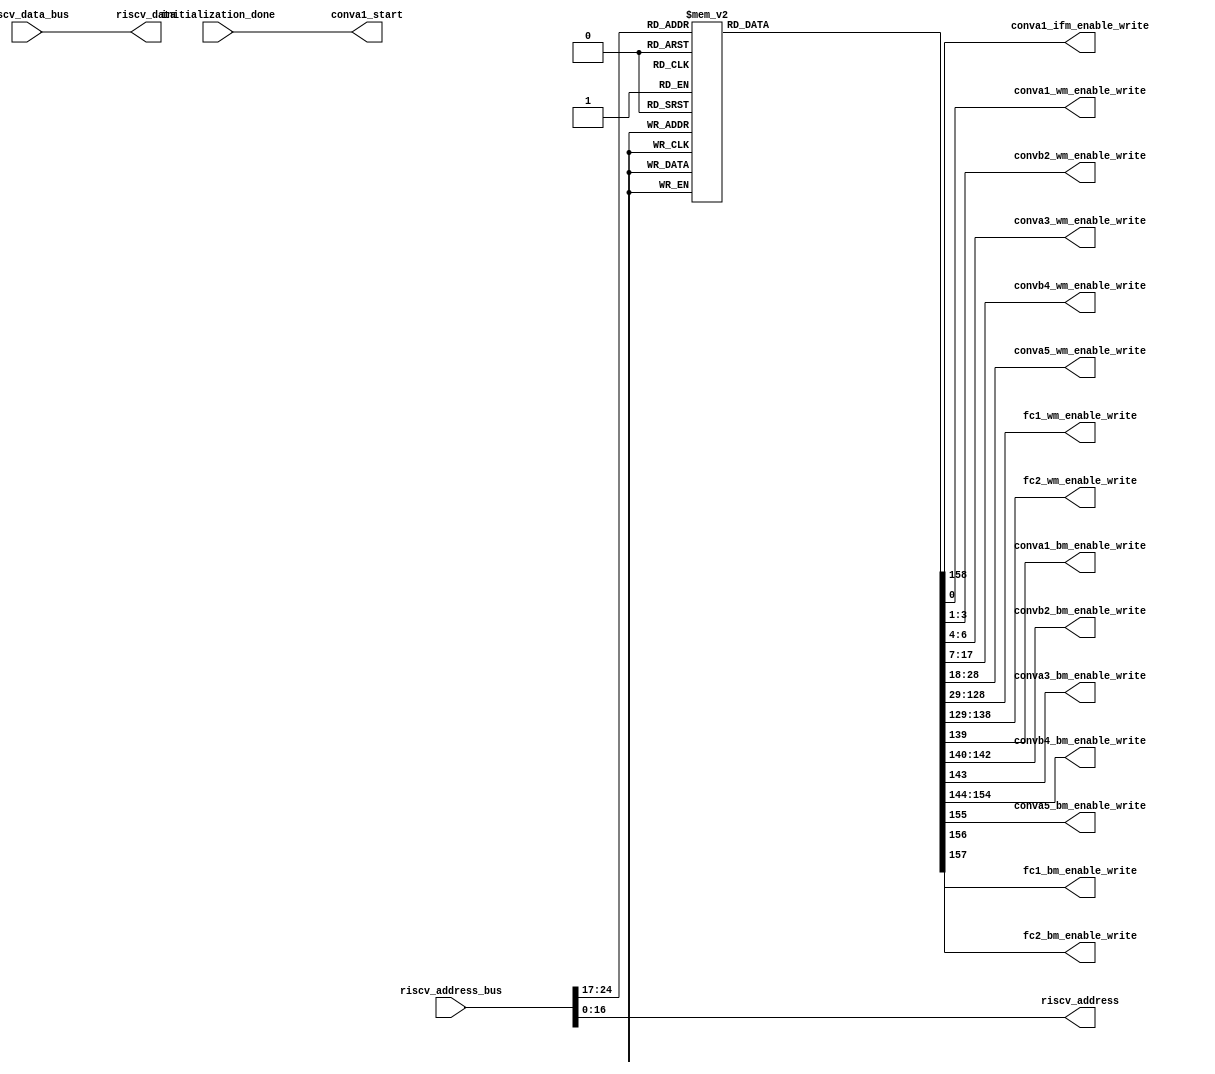
`timescale 1ns / 1ps


module 
 memory_control #(parameter
///////////advanced parameters//////////
	DATA_WIDTH 		       = 32,
///////////architecture parameters//////
	ADDRESS_BUS            = 25,                                                
    ADDRESS_BITS           = 17,
    ENABLE_BITS            = 8)

	(

    input [DATA_WIDTH-1:0] riscv_data_bus,
    input [ADDRESS_BUS-1:0] riscv_address_bus,
    input initialization_done, 
	output conva1_start,

	//1 indicates the input img is grayscale
	output [1-1:0] conva1_ifm_enable_write, 
	
	output [1-1:0] conva1_wm_enable_write,
	output [3-1:0] convb2_wm_enable_write,
	output [3-1:0] conva3_wm_enable_write,
	output [11-1:0] convb4_wm_enable_write,
	output [11-1:0] conva5_wm_enable_write,
	output [100-1:0] fc1_wm_enable_write,
	output [10-1:0] fc2_wm_enable_write,
	output conva1_bm_enable_write,
	output [3-1:0] convb2_bm_enable_write,
	output conva3_bm_enable_write,
	output [11-1:0] convb4_bm_enable_write,
	output conva5_bm_enable_write,
	output fc1_bm_enable_write,
	output fc2_bm_enable_write,
	
	output [DATA_WIDTH-1:0] riscv_data,
    output [ADDRESS_BITS-1:0] riscv_address
	);
	
	reg [159-1:0] enable_write;
    wire [ENABLE_BITS-1:0] address_enable_bits;
	
    assign riscv_data          = riscv_data_bus;
    assign riscv_address       = riscv_address_bus[ADDRESS_BITS-1:0];
    
    assign address_enable_bits = riscv_address_bus[ADDRESS_BUS-1 : ADDRESS_BUS-ENABLE_BITS];
	
	assign    conva1_start = initialization_done;
	
	
	    always @*
		begin
        case(address_enable_bits)
			8'd1  : begin enable_write = 159'b000000000000000000000000000000000000000000000000000000000000000000000000000000000000000000000000000000000000000000000000000000000000000000000000000000000000001;end
			8'd2  : begin enable_write = 159'b000000000000000000000000000000000000000000000000000000000000000000000000000000000000000000000000000000000000000000000000000000000000000000000000000000000000010;end
			8'd3  : begin enable_write = 159'b000000000000000000000000000000000000000000000000000000000000000000000000000000000000000000000000000000000000000000000000000000000000000000000000000000000000100;end
			8'd4  : begin enable_write = 159'b000000000000000000000000000000000000000000000000000000000000000000000000000000000000000000000000000000000000000000000000000000000000000000000000000000000001000;end
			8'd5  : begin enable_write = 159'b000000000000000000000000000000000000000000000000000000000000000000000000000000000000000000000000000000000000000000000000000000000000000000000000000000000010000;end
			8'd6  : begin enable_write = 159'b000000000000000000000000000000000000000000000000000000000000000000000000000000000000000000000000000000000000000000000000000000000000000000000000000000000100000;end
			8'd7  : begin enable_write = 159'b000000000000000000000000000000000000000000000000000000000000000000000000000000000000000000000000000000000000000000000000000000000000000000000000000000001000000;end
			8'd8  : begin enable_write = 159'b000000000000000000000000000000000000000000000000000000000000000000000000000000000000000000000000000000000000000000000000000000000000000000000000000000010000000;end
			8'd9  : begin enable_write = 159'b000000000000000000000000000000000000000000000000000000000000000000000000000000000000000000000000000000000000000000000000000000000000000000000000000000100000000;end
			8'd10  : begin enable_write = 159'b000000000000000000000000000000000000000000000000000000000000000000000000000000000000000000000000000000000000000000000000000000000000000000000000000001000000000;end
			8'd11  : begin enable_write = 159'b000000000000000000000000000000000000000000000000000000000000000000000000000000000000000000000000000000000000000000000000000000000000000000000000000010000000000;end
			8'd12  : begin enable_write = 159'b000000000000000000000000000000000000000000000000000000000000000000000000000000000000000000000000000000000000000000000000000000000000000000000000000100000000000;end
			8'd13  : begin enable_write = 159'b000000000000000000000000000000000000000000000000000000000000000000000000000000000000000000000000000000000000000000000000000000000000000000000000001000000000000;end
			8'd14  : begin enable_write = 159'b000000000000000000000000000000000000000000000000000000000000000000000000000000000000000000000000000000000000000000000000000000000000000000000000010000000000000;end
			8'd15  : begin enable_write = 159'b000000000000000000000000000000000000000000000000000000000000000000000000000000000000000000000000000000000000000000000000000000000000000000000000100000000000000;end
			8'd16  : begin enable_write = 159'b000000000000000000000000000000000000000000000000000000000000000000000000000000000000000000000000000000000000000000000000000000000000000000000001000000000000000;end
			8'd17  : begin enable_write = 159'b000000000000000000000000000000000000000000000000000000000000000000000000000000000000000000000000000000000000000000000000000000000000000000000010000000000000000;end
			8'd18  : begin enable_write = 159'b000000000000000000000000000000000000000000000000000000000000000000000000000000000000000000000000000000000000000000000000000000000000000000000100000000000000000;end
			8'd19  : begin enable_write = 159'b000000000000000000000000000000000000000000000000000000000000000000000000000000000000000000000000000000000000000000000000000000000000000000001000000000000000000;end
			8'd20  : begin enable_write = 159'b000000000000000000000000000000000000000000000000000000000000000000000000000000000000000000000000000000000000000000000000000000000000000000010000000000000000000;end
			8'd21  : begin enable_write = 159'b000000000000000000000000000000000000000000000000000000000000000000000000000000000000000000000000000000000000000000000000000000000000000000100000000000000000000;end
			8'd22  : begin enable_write = 159'b000000000000000000000000000000000000000000000000000000000000000000000000000000000000000000000000000000000000000000000000000000000000000001000000000000000000000;end
			8'd23  : begin enable_write = 159'b000000000000000000000000000000000000000000000000000000000000000000000000000000000000000000000000000000000000000000000000000000000000000010000000000000000000000;end
			8'd24  : begin enable_write = 159'b000000000000000000000000000000000000000000000000000000000000000000000000000000000000000000000000000000000000000000000000000000000000000100000000000000000000000;end
			8'd25  : begin enable_write = 159'b000000000000000000000000000000000000000000000000000000000000000000000000000000000000000000000000000000000000000000000000000000000000001000000000000000000000000;end
			8'd26  : begin enable_write = 159'b000000000000000000000000000000000000000000000000000000000000000000000000000000000000000000000000000000000000000000000000000000000000010000000000000000000000000;end
			8'd27  : begin enable_write = 159'b000000000000000000000000000000000000000000000000000000000000000000000000000000000000000000000000000000000000000000000000000000000000100000000000000000000000000;end
			8'd28  : begin enable_write = 159'b000000000000000000000000000000000000000000000000000000000000000000000000000000000000000000000000000000000000000000000000000000000001000000000000000000000000000;end
			8'd29  : begin enable_write = 159'b000000000000000000000000000000000000000000000000000000000000000000000000000000000000000000000000000000000000000000000000000000000010000000000000000000000000000;end
			8'd30  : begin enable_write = 159'b000000000000000000000000000000000000000000000000000000000000000000000000000000000000000000000000000000000000000000000000000000000100000000000000000000000000000;end
			8'd31  : begin enable_write = 159'b000000000000000000000000000000000000000000000000000000000000000000000000000000000000000000000000000000000000000000000000000000001000000000000000000000000000000;end
			8'd32  : begin enable_write = 159'b000000000000000000000000000000000000000000000000000000000000000000000000000000000000000000000000000000000000000000000000000000010000000000000000000000000000000;end
			8'd33  : begin enable_write = 159'b000000000000000000000000000000000000000000000000000000000000000000000000000000000000000000000000000000000000000000000000000000100000000000000000000000000000000;end
			8'd34  : begin enable_write = 159'b000000000000000000000000000000000000000000000000000000000000000000000000000000000000000000000000000000000000000000000000000001000000000000000000000000000000000;end
			8'd35  : begin enable_write = 159'b000000000000000000000000000000000000000000000000000000000000000000000000000000000000000000000000000000000000000000000000000010000000000000000000000000000000000;end
			8'd36  : begin enable_write = 159'b000000000000000000000000000000000000000000000000000000000000000000000000000000000000000000000000000000000000000000000000000100000000000000000000000000000000000;end
			8'd37  : begin enable_write = 159'b000000000000000000000000000000000000000000000000000000000000000000000000000000000000000000000000000000000000000000000000001000000000000000000000000000000000000;end
			8'd38  : begin enable_write = 159'b000000000000000000000000000000000000000000000000000000000000000000000000000000000000000000000000000000000000000000000000010000000000000000000000000000000000000;end
			8'd39  : begin enable_write = 159'b000000000000000000000000000000000000000000000000000000000000000000000000000000000000000000000000000000000000000000000000100000000000000000000000000000000000000;end
			8'd40  : begin enable_write = 159'b000000000000000000000000000000000000000000000000000000000000000000000000000000000000000000000000000000000000000000000001000000000000000000000000000000000000000;end
			8'd41  : begin enable_write = 159'b000000000000000000000000000000000000000000000000000000000000000000000000000000000000000000000000000000000000000000000010000000000000000000000000000000000000000;end
			8'd42  : begin enable_write = 159'b000000000000000000000000000000000000000000000000000000000000000000000000000000000000000000000000000000000000000000000100000000000000000000000000000000000000000;end
			8'd43  : begin enable_write = 159'b000000000000000000000000000000000000000000000000000000000000000000000000000000000000000000000000000000000000000000001000000000000000000000000000000000000000000;end
			8'd44  : begin enable_write = 159'b000000000000000000000000000000000000000000000000000000000000000000000000000000000000000000000000000000000000000000010000000000000000000000000000000000000000000;end
			8'd45  : begin enable_write = 159'b000000000000000000000000000000000000000000000000000000000000000000000000000000000000000000000000000000000000000000100000000000000000000000000000000000000000000;end
			8'd46  : begin enable_write = 159'b000000000000000000000000000000000000000000000000000000000000000000000000000000000000000000000000000000000000000001000000000000000000000000000000000000000000000;end
			8'd47  : begin enable_write = 159'b000000000000000000000000000000000000000000000000000000000000000000000000000000000000000000000000000000000000000010000000000000000000000000000000000000000000000;end
			8'd48  : begin enable_write = 159'b000000000000000000000000000000000000000000000000000000000000000000000000000000000000000000000000000000000000000100000000000000000000000000000000000000000000000;end
			8'd49  : begin enable_write = 159'b000000000000000000000000000000000000000000000000000000000000000000000000000000000000000000000000000000000000001000000000000000000000000000000000000000000000000;end
			8'd50  : begin enable_write = 159'b000000000000000000000000000000000000000000000000000000000000000000000000000000000000000000000000000000000000010000000000000000000000000000000000000000000000000;end
			8'd51  : begin enable_write = 159'b000000000000000000000000000000000000000000000000000000000000000000000000000000000000000000000000000000000000100000000000000000000000000000000000000000000000000;end
			8'd52  : begin enable_write = 159'b000000000000000000000000000000000000000000000000000000000000000000000000000000000000000000000000000000000001000000000000000000000000000000000000000000000000000;end
			8'd53  : begin enable_write = 159'b000000000000000000000000000000000000000000000000000000000000000000000000000000000000000000000000000000000010000000000000000000000000000000000000000000000000000;end
			8'd54  : begin enable_write = 159'b000000000000000000000000000000000000000000000000000000000000000000000000000000000000000000000000000000000100000000000000000000000000000000000000000000000000000;end
			8'd55  : begin enable_write = 159'b000000000000000000000000000000000000000000000000000000000000000000000000000000000000000000000000000000001000000000000000000000000000000000000000000000000000000;end
			8'd56  : begin enable_write = 159'b000000000000000000000000000000000000000000000000000000000000000000000000000000000000000000000000000000010000000000000000000000000000000000000000000000000000000;end
			8'd57  : begin enable_write = 159'b000000000000000000000000000000000000000000000000000000000000000000000000000000000000000000000000000000100000000000000000000000000000000000000000000000000000000;end
			8'd58  : begin enable_write = 159'b000000000000000000000000000000000000000000000000000000000000000000000000000000000000000000000000000001000000000000000000000000000000000000000000000000000000000;end
			8'd59  : begin enable_write = 159'b000000000000000000000000000000000000000000000000000000000000000000000000000000000000000000000000000010000000000000000000000000000000000000000000000000000000000;end
			8'd60  : begin enable_write = 159'b000000000000000000000000000000000000000000000000000000000000000000000000000000000000000000000000000100000000000000000000000000000000000000000000000000000000000;end
			8'd61  : begin enable_write = 159'b000000000000000000000000000000000000000000000000000000000000000000000000000000000000000000000000001000000000000000000000000000000000000000000000000000000000000;end
			8'd62  : begin enable_write = 159'b000000000000000000000000000000000000000000000000000000000000000000000000000000000000000000000000010000000000000000000000000000000000000000000000000000000000000;end
			8'd63  : begin enable_write = 159'b000000000000000000000000000000000000000000000000000000000000000000000000000000000000000000000000100000000000000000000000000000000000000000000000000000000000000;end
			8'd64  : begin enable_write = 159'b000000000000000000000000000000000000000000000000000000000000000000000000000000000000000000000001000000000000000000000000000000000000000000000000000000000000000;end
			8'd65  : begin enable_write = 159'b000000000000000000000000000000000000000000000000000000000000000000000000000000000000000000000010000000000000000000000000000000000000000000000000000000000000000;end
			8'd66  : begin enable_write = 159'b000000000000000000000000000000000000000000000000000000000000000000000000000000000000000000000100000000000000000000000000000000000000000000000000000000000000000;end
			8'd67  : begin enable_write = 159'b000000000000000000000000000000000000000000000000000000000000000000000000000000000000000000001000000000000000000000000000000000000000000000000000000000000000000;end
			8'd68  : begin enable_write = 159'b000000000000000000000000000000000000000000000000000000000000000000000000000000000000000000010000000000000000000000000000000000000000000000000000000000000000000;end
			8'd69  : begin enable_write = 159'b000000000000000000000000000000000000000000000000000000000000000000000000000000000000000000100000000000000000000000000000000000000000000000000000000000000000000;end
			8'd70  : begin enable_write = 159'b000000000000000000000000000000000000000000000000000000000000000000000000000000000000000001000000000000000000000000000000000000000000000000000000000000000000000;end
			8'd71  : begin enable_write = 159'b000000000000000000000000000000000000000000000000000000000000000000000000000000000000000010000000000000000000000000000000000000000000000000000000000000000000000;end
			8'd72  : begin enable_write = 159'b000000000000000000000000000000000000000000000000000000000000000000000000000000000000000100000000000000000000000000000000000000000000000000000000000000000000000;end
			8'd73  : begin enable_write = 159'b000000000000000000000000000000000000000000000000000000000000000000000000000000000000001000000000000000000000000000000000000000000000000000000000000000000000000;end
			8'd74  : begin enable_write = 159'b000000000000000000000000000000000000000000000000000000000000000000000000000000000000010000000000000000000000000000000000000000000000000000000000000000000000000;end
			8'd75  : begin enable_write = 159'b000000000000000000000000000000000000000000000000000000000000000000000000000000000000100000000000000000000000000000000000000000000000000000000000000000000000000;end
			8'd76  : begin enable_write = 159'b000000000000000000000000000000000000000000000000000000000000000000000000000000000001000000000000000000000000000000000000000000000000000000000000000000000000000;end
			8'd77  : begin enable_write = 159'b000000000000000000000000000000000000000000000000000000000000000000000000000000000010000000000000000000000000000000000000000000000000000000000000000000000000000;end
			8'd78  : begin enable_write = 159'b000000000000000000000000000000000000000000000000000000000000000000000000000000000100000000000000000000000000000000000000000000000000000000000000000000000000000;end
			8'd79  : begin enable_write = 159'b000000000000000000000000000000000000000000000000000000000000000000000000000000001000000000000000000000000000000000000000000000000000000000000000000000000000000;end
			8'd80  : begin enable_write = 159'b000000000000000000000000000000000000000000000000000000000000000000000000000000010000000000000000000000000000000000000000000000000000000000000000000000000000000;end
			8'd81  : begin enable_write = 159'b000000000000000000000000000000000000000000000000000000000000000000000000000000100000000000000000000000000000000000000000000000000000000000000000000000000000000;end
			8'd82  : begin enable_write = 159'b000000000000000000000000000000000000000000000000000000000000000000000000000001000000000000000000000000000000000000000000000000000000000000000000000000000000000;end
			8'd83  : begin enable_write = 159'b000000000000000000000000000000000000000000000000000000000000000000000000000010000000000000000000000000000000000000000000000000000000000000000000000000000000000;end
			8'd84  : begin enable_write = 159'b000000000000000000000000000000000000000000000000000000000000000000000000000100000000000000000000000000000000000000000000000000000000000000000000000000000000000;end
			8'd85  : begin enable_write = 159'b000000000000000000000000000000000000000000000000000000000000000000000000001000000000000000000000000000000000000000000000000000000000000000000000000000000000000;end
			8'd86  : begin enable_write = 159'b000000000000000000000000000000000000000000000000000000000000000000000000010000000000000000000000000000000000000000000000000000000000000000000000000000000000000;end
			8'd87  : begin enable_write = 159'b000000000000000000000000000000000000000000000000000000000000000000000000100000000000000000000000000000000000000000000000000000000000000000000000000000000000000;end
			8'd88  : begin enable_write = 159'b000000000000000000000000000000000000000000000000000000000000000000000001000000000000000000000000000000000000000000000000000000000000000000000000000000000000000;end
			8'd89  : begin enable_write = 159'b000000000000000000000000000000000000000000000000000000000000000000000010000000000000000000000000000000000000000000000000000000000000000000000000000000000000000;end
			8'd90  : begin enable_write = 159'b000000000000000000000000000000000000000000000000000000000000000000000100000000000000000000000000000000000000000000000000000000000000000000000000000000000000000;end
			8'd91  : begin enable_write = 159'b000000000000000000000000000000000000000000000000000000000000000000001000000000000000000000000000000000000000000000000000000000000000000000000000000000000000000;end
			8'd92  : begin enable_write = 159'b000000000000000000000000000000000000000000000000000000000000000000010000000000000000000000000000000000000000000000000000000000000000000000000000000000000000000;end
			8'd93  : begin enable_write = 159'b000000000000000000000000000000000000000000000000000000000000000000100000000000000000000000000000000000000000000000000000000000000000000000000000000000000000000;end
			8'd94  : begin enable_write = 159'b000000000000000000000000000000000000000000000000000000000000000001000000000000000000000000000000000000000000000000000000000000000000000000000000000000000000000;end
			8'd95  : begin enable_write = 159'b000000000000000000000000000000000000000000000000000000000000000010000000000000000000000000000000000000000000000000000000000000000000000000000000000000000000000;end
			8'd96  : begin enable_write = 159'b000000000000000000000000000000000000000000000000000000000000000100000000000000000000000000000000000000000000000000000000000000000000000000000000000000000000000;end
			8'd97  : begin enable_write = 159'b000000000000000000000000000000000000000000000000000000000000001000000000000000000000000000000000000000000000000000000000000000000000000000000000000000000000000;end
			8'd98  : begin enable_write = 159'b000000000000000000000000000000000000000000000000000000000000010000000000000000000000000000000000000000000000000000000000000000000000000000000000000000000000000;end
			8'd99  : begin enable_write = 159'b000000000000000000000000000000000000000000000000000000000000100000000000000000000000000000000000000000000000000000000000000000000000000000000000000000000000000;end
			8'd100  : begin enable_write = 159'b000000000000000000000000000000000000000000000000000000000001000000000000000000000000000000000000000000000000000000000000000000000000000000000000000000000000000;end
			8'd101  : begin enable_write = 159'b000000000000000000000000000000000000000000000000000000000010000000000000000000000000000000000000000000000000000000000000000000000000000000000000000000000000000;end
			8'd102  : begin enable_write = 159'b000000000000000000000000000000000000000000000000000000000100000000000000000000000000000000000000000000000000000000000000000000000000000000000000000000000000000;end
			8'd103  : begin enable_write = 159'b000000000000000000000000000000000000000000000000000000001000000000000000000000000000000000000000000000000000000000000000000000000000000000000000000000000000000;end
			8'd104  : begin enable_write = 159'b000000000000000000000000000000000000000000000000000000010000000000000000000000000000000000000000000000000000000000000000000000000000000000000000000000000000000;end
			8'd105  : begin enable_write = 159'b000000000000000000000000000000000000000000000000000000100000000000000000000000000000000000000000000000000000000000000000000000000000000000000000000000000000000;end
			8'd106  : begin enable_write = 159'b000000000000000000000000000000000000000000000000000001000000000000000000000000000000000000000000000000000000000000000000000000000000000000000000000000000000000;end
			8'd107  : begin enable_write = 159'b000000000000000000000000000000000000000000000000000010000000000000000000000000000000000000000000000000000000000000000000000000000000000000000000000000000000000;end
			8'd108  : begin enable_write = 159'b000000000000000000000000000000000000000000000000000100000000000000000000000000000000000000000000000000000000000000000000000000000000000000000000000000000000000;end
			8'd109  : begin enable_write = 159'b000000000000000000000000000000000000000000000000001000000000000000000000000000000000000000000000000000000000000000000000000000000000000000000000000000000000000;end
			8'd110  : begin enable_write = 159'b000000000000000000000000000000000000000000000000010000000000000000000000000000000000000000000000000000000000000000000000000000000000000000000000000000000000000;end
			8'd111  : begin enable_write = 159'b000000000000000000000000000000000000000000000000100000000000000000000000000000000000000000000000000000000000000000000000000000000000000000000000000000000000000;end
			8'd112  : begin enable_write = 159'b000000000000000000000000000000000000000000000001000000000000000000000000000000000000000000000000000000000000000000000000000000000000000000000000000000000000000;end
			8'd113  : begin enable_write = 159'b000000000000000000000000000000000000000000000010000000000000000000000000000000000000000000000000000000000000000000000000000000000000000000000000000000000000000;end
			8'd114  : begin enable_write = 159'b000000000000000000000000000000000000000000000100000000000000000000000000000000000000000000000000000000000000000000000000000000000000000000000000000000000000000;end
			8'd115  : begin enable_write = 159'b000000000000000000000000000000000000000000001000000000000000000000000000000000000000000000000000000000000000000000000000000000000000000000000000000000000000000;end
			8'd116  : begin enable_write = 159'b000000000000000000000000000000000000000000010000000000000000000000000000000000000000000000000000000000000000000000000000000000000000000000000000000000000000000;end
			8'd117  : begin enable_write = 159'b000000000000000000000000000000000000000000100000000000000000000000000000000000000000000000000000000000000000000000000000000000000000000000000000000000000000000;end
			8'd118  : begin enable_write = 159'b000000000000000000000000000000000000000001000000000000000000000000000000000000000000000000000000000000000000000000000000000000000000000000000000000000000000000;end
			8'd119  : begin enable_write = 159'b000000000000000000000000000000000000000010000000000000000000000000000000000000000000000000000000000000000000000000000000000000000000000000000000000000000000000;end
			8'd120  : begin enable_write = 159'b000000000000000000000000000000000000000100000000000000000000000000000000000000000000000000000000000000000000000000000000000000000000000000000000000000000000000;end
			8'd121  : begin enable_write = 159'b000000000000000000000000000000000000001000000000000000000000000000000000000000000000000000000000000000000000000000000000000000000000000000000000000000000000000;end
			8'd122  : begin enable_write = 159'b000000000000000000000000000000000000010000000000000000000000000000000000000000000000000000000000000000000000000000000000000000000000000000000000000000000000000;end
			8'd123  : begin enable_write = 159'b000000000000000000000000000000000000100000000000000000000000000000000000000000000000000000000000000000000000000000000000000000000000000000000000000000000000000;end
			8'd124  : begin enable_write = 159'b000000000000000000000000000000000001000000000000000000000000000000000000000000000000000000000000000000000000000000000000000000000000000000000000000000000000000;end
			8'd125  : begin enable_write = 159'b000000000000000000000000000000000010000000000000000000000000000000000000000000000000000000000000000000000000000000000000000000000000000000000000000000000000000;end
			8'd126  : begin enable_write = 159'b000000000000000000000000000000000100000000000000000000000000000000000000000000000000000000000000000000000000000000000000000000000000000000000000000000000000000;end
			8'd127  : begin enable_write = 159'b000000000000000000000000000000001000000000000000000000000000000000000000000000000000000000000000000000000000000000000000000000000000000000000000000000000000000;end
			8'd128  : begin enable_write = 159'b000000000000000000000000000000010000000000000000000000000000000000000000000000000000000000000000000000000000000000000000000000000000000000000000000000000000000;end
			8'd129  : begin enable_write = 159'b000000000000000000000000000000100000000000000000000000000000000000000000000000000000000000000000000000000000000000000000000000000000000000000000000000000000000;end
			8'd130  : begin enable_write = 159'b000000000000000000000000000001000000000000000000000000000000000000000000000000000000000000000000000000000000000000000000000000000000000000000000000000000000000;end
			8'd131  : begin enable_write = 159'b000000000000000000000000000010000000000000000000000000000000000000000000000000000000000000000000000000000000000000000000000000000000000000000000000000000000000;end
			8'd132  : begin enable_write = 159'b000000000000000000000000000100000000000000000000000000000000000000000000000000000000000000000000000000000000000000000000000000000000000000000000000000000000000;end
			8'd133  : begin enable_write = 159'b000000000000000000000000001000000000000000000000000000000000000000000000000000000000000000000000000000000000000000000000000000000000000000000000000000000000000;end
			8'd134  : begin enable_write = 159'b000000000000000000000000010000000000000000000000000000000000000000000000000000000000000000000000000000000000000000000000000000000000000000000000000000000000000;end
			8'd135  : begin enable_write = 159'b000000000000000000000000100000000000000000000000000000000000000000000000000000000000000000000000000000000000000000000000000000000000000000000000000000000000000;end
			8'd136  : begin enable_write = 159'b000000000000000000000001000000000000000000000000000000000000000000000000000000000000000000000000000000000000000000000000000000000000000000000000000000000000000;end
			8'd137  : begin enable_write = 159'b000000000000000000000010000000000000000000000000000000000000000000000000000000000000000000000000000000000000000000000000000000000000000000000000000000000000000;end
			8'd138  : begin enable_write = 159'b000000000000000000000100000000000000000000000000000000000000000000000000000000000000000000000000000000000000000000000000000000000000000000000000000000000000000;end
			8'd139  : begin enable_write = 159'b000000000000000000001000000000000000000000000000000000000000000000000000000000000000000000000000000000000000000000000000000000000000000000000000000000000000000;end
			8'd140  : begin enable_write = 159'b000000000000000000010000000000000000000000000000000000000000000000000000000000000000000000000000000000000000000000000000000000000000000000000000000000000000000;end
			8'd141  : begin enable_write = 159'b000000000000000000100000000000000000000000000000000000000000000000000000000000000000000000000000000000000000000000000000000000000000000000000000000000000000000;end
			8'd142  : begin enable_write = 159'b000000000000000001000000000000000000000000000000000000000000000000000000000000000000000000000000000000000000000000000000000000000000000000000000000000000000000;end
			8'd143  : begin enable_write = 159'b000000000000000010000000000000000000000000000000000000000000000000000000000000000000000000000000000000000000000000000000000000000000000000000000000000000000000;end
			8'd144  : begin enable_write = 159'b000000000000000100000000000000000000000000000000000000000000000000000000000000000000000000000000000000000000000000000000000000000000000000000000000000000000000;end
			8'd145  : begin enable_write = 159'b000000000000001000000000000000000000000000000000000000000000000000000000000000000000000000000000000000000000000000000000000000000000000000000000000000000000000;end
			8'd146  : begin enable_write = 159'b000000000000010000000000000000000000000000000000000000000000000000000000000000000000000000000000000000000000000000000000000000000000000000000000000000000000000;end
			8'd147  : begin enable_write = 159'b000000000000100000000000000000000000000000000000000000000000000000000000000000000000000000000000000000000000000000000000000000000000000000000000000000000000000;end
			8'd148  : begin enable_write = 159'b000000000001000000000000000000000000000000000000000000000000000000000000000000000000000000000000000000000000000000000000000000000000000000000000000000000000000;end
			8'd149  : begin enable_write = 159'b000000000010000000000000000000000000000000000000000000000000000000000000000000000000000000000000000000000000000000000000000000000000000000000000000000000000000;end
			8'd150  : begin enable_write = 159'b000000000100000000000000000000000000000000000000000000000000000000000000000000000000000000000000000000000000000000000000000000000000000000000000000000000000000;end
			8'd151  : begin enable_write = 159'b000000001000000000000000000000000000000000000000000000000000000000000000000000000000000000000000000000000000000000000000000000000000000000000000000000000000000;end
			8'd152  : begin enable_write = 159'b000000010000000000000000000000000000000000000000000000000000000000000000000000000000000000000000000000000000000000000000000000000000000000000000000000000000000;end
			8'd153  : begin enable_write = 159'b000000100000000000000000000000000000000000000000000000000000000000000000000000000000000000000000000000000000000000000000000000000000000000000000000000000000000;end
			8'd154  : begin enable_write = 159'b000001000000000000000000000000000000000000000000000000000000000000000000000000000000000000000000000000000000000000000000000000000000000000000000000000000000000;end
			8'd155  : begin enable_write = 159'b000010000000000000000000000000000000000000000000000000000000000000000000000000000000000000000000000000000000000000000000000000000000000000000000000000000000000;end
			8'd156  : begin enable_write = 159'b000100000000000000000000000000000000000000000000000000000000000000000000000000000000000000000000000000000000000000000000000000000000000000000000000000000000000;end
			8'd157  : begin enable_write = 159'b001000000000000000000000000000000000000000000000000000000000000000000000000000000000000000000000000000000000000000000000000000000000000000000000000000000000000;end
			8'd158  : begin enable_write = 159'b010000000000000000000000000000000000000000000000000000000000000000000000000000000000000000000000000000000000000000000000000000000000000000000000000000000000000;end
			8'd159  : begin enable_write = 159'b100000000000000000000000000000000000000000000000000000000000000000000000000000000000000000000000000000000000000000000000000000000000000000000000000000000000000;end

			default : begin enable_write = 159'b000000000000000000000000000000000000000000000000000000000000000000000000000000000000000000000000000000000000000000000000000000000000000000000000000000000000000;end

		endcase
	end



assign conva1_ifm_enable_write = enable_write[158:158];

	assign conva1_wm_enable_write = enable_write[0:0];
	assign convb2_wm_enable_write = enable_write[3:1];
	assign conva3_wm_enable_write = enable_write[6:4];
	assign convb4_wm_enable_write = enable_write[17:7];
	assign conva5_wm_enable_write = enable_write[28:18];
	assign fc1_wm_enable_write = enable_write[128:29];
	assign fc2_wm_enable_write = enable_write[138:129];

	assign conva1_bm_enable_write = enable_write[139];
	assign convb2_bm_enable_write = enable_write[142:140];
	assign conva3_bm_enable_write = enable_write[143];
	assign convb4_bm_enable_write = enable_write[154:144];
	assign conva5_bm_enable_write = enable_write[155];
	assign fc1_bm_enable_write = enable_write[156];
	assign fc2_bm_enable_write = enable_write[157];
endmodule